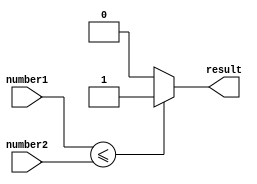
module less_than_or_equal_to (
    input [7:0] number1,
    input [7:0] number2,
    output reg result
);

always @ (*) begin
    if (number1 <= number2)
        result = 1;
    else
        result = 0;
end

endmodule